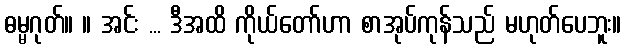
ဓမ္မဂုတ်။ ။ အင်း ... ဒီအထိ ကိုယ်တော်ဟာ စာအုပ်ကုန်သည် မဟုတ်ပေဘူး။